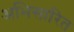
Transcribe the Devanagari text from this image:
अभिसारित